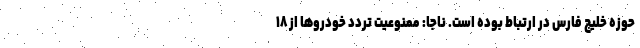
حوزه خلیج فارس در ارتباط بوده است. ناجا: ممنوعیت تردد خودروها از ۱۸